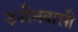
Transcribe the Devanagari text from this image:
उज्जैनवासी